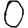
Digit: 0